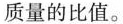
质量的比值。